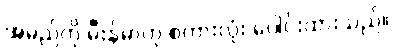
အမည်ကို မီးန်မာဟု စကားလုံး ပေါင်းထားသည်။